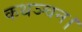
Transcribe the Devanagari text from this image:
कथञ्चन।